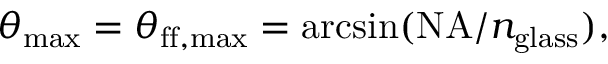
\theta _ { \mathrm { m a x } } = \theta _ { \mathrm { f f , m a x } } = \arcsin ( \mathrm { N A } / n _ { \mathrm { g l a s s } } ) ,